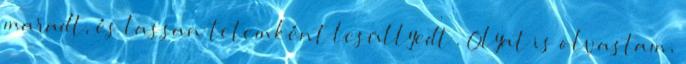
maradt, és lassan tetemként lesüllyedt . Olyat is olvastam,